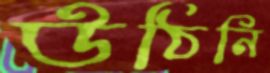
উঠিনি